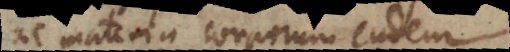
ac materia corporum eadem